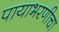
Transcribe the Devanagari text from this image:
पायाभरणीचा